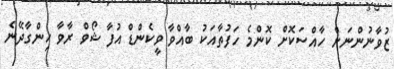
ޒުވާނުންނަށް ހާއްސަކޮށް ކޮންމެ ހަފުތާއަކު ބާއްވާ ވީކެންޑް އުފާ ޝޯވް ރާވާ ހިންގާދޭނެ